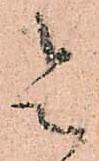
令